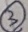
Text: 3